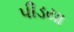
પીડયા